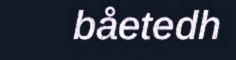
båetedh